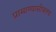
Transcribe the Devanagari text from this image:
प्रामाण्यासोबतच